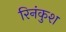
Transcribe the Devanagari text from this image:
रिनंकुश